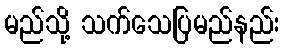
မည်သို့ သက်သေပြမည်နည်း